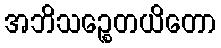
အဘိသဉ္စေတယိတော